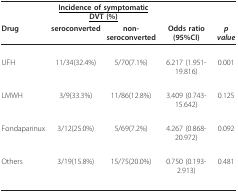
<table><thead><tr><td></td><td colspan="2"><b><underline>Incidence of symptomatic DVT (%)</underline></b></td><td></td><td></td></tr><tr><td><b>Drug</b></td><td><b>seroconverted</b></td><td><b>non-seroconverted</b></td><td><b>Odds ratio (95%CI)</b></td><td><b><i>p value</i></b></td></tr></thead><tbody><tr><td>UFH</td><td>11/34(32.4%)</td><td>5/70(7.1%)</td><td>6.217 (1.951-19.816)</td><td>0.001</td></tr><tr><td>LMWH</td><td>3/9(33.3%)</td><td>11/86(12.8%)</td><td>3.409 (0.743-15.642)</td><td>0.125</td></tr><tr><td>Fondaparinux</td><td>3/12(25.0%)</td><td>5/69(7.2%)</td><td>4.267 (0.868-20.972)</td><td>0.092</td></tr><tr><td>Others</td><td>3/19(15.8%)</td><td>15/75(20.0%)</td><td>0.750 (0.193-2.913)</td><td>0.481</td></tr></tbody></table>